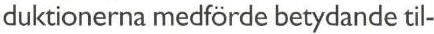
duktionerna medförde betydande til-